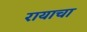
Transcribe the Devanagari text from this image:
रायाचा